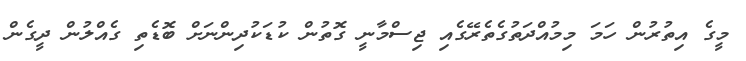
މީގެ އިތުރުން ހަމަ މިމުއްދަތުގެތެރޭގެއި ޖިސްމާނީ ގޮތުން ކުޑަކުދިންނަށް ބޮޑެތި ގެއްލުން ދީގެން